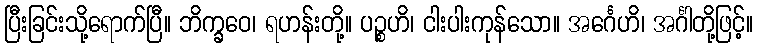
ပြီးခြင်းသို့ရောက်ပြီ။ ဘိက္ခဝေ၊ ရဟန်းတို့။ ပဉ္စဟိ၊ ငါးပါးကုန်သော။ အင်္ဂေဟိ၊ အင်္ဂါတို့ဖြင့်။